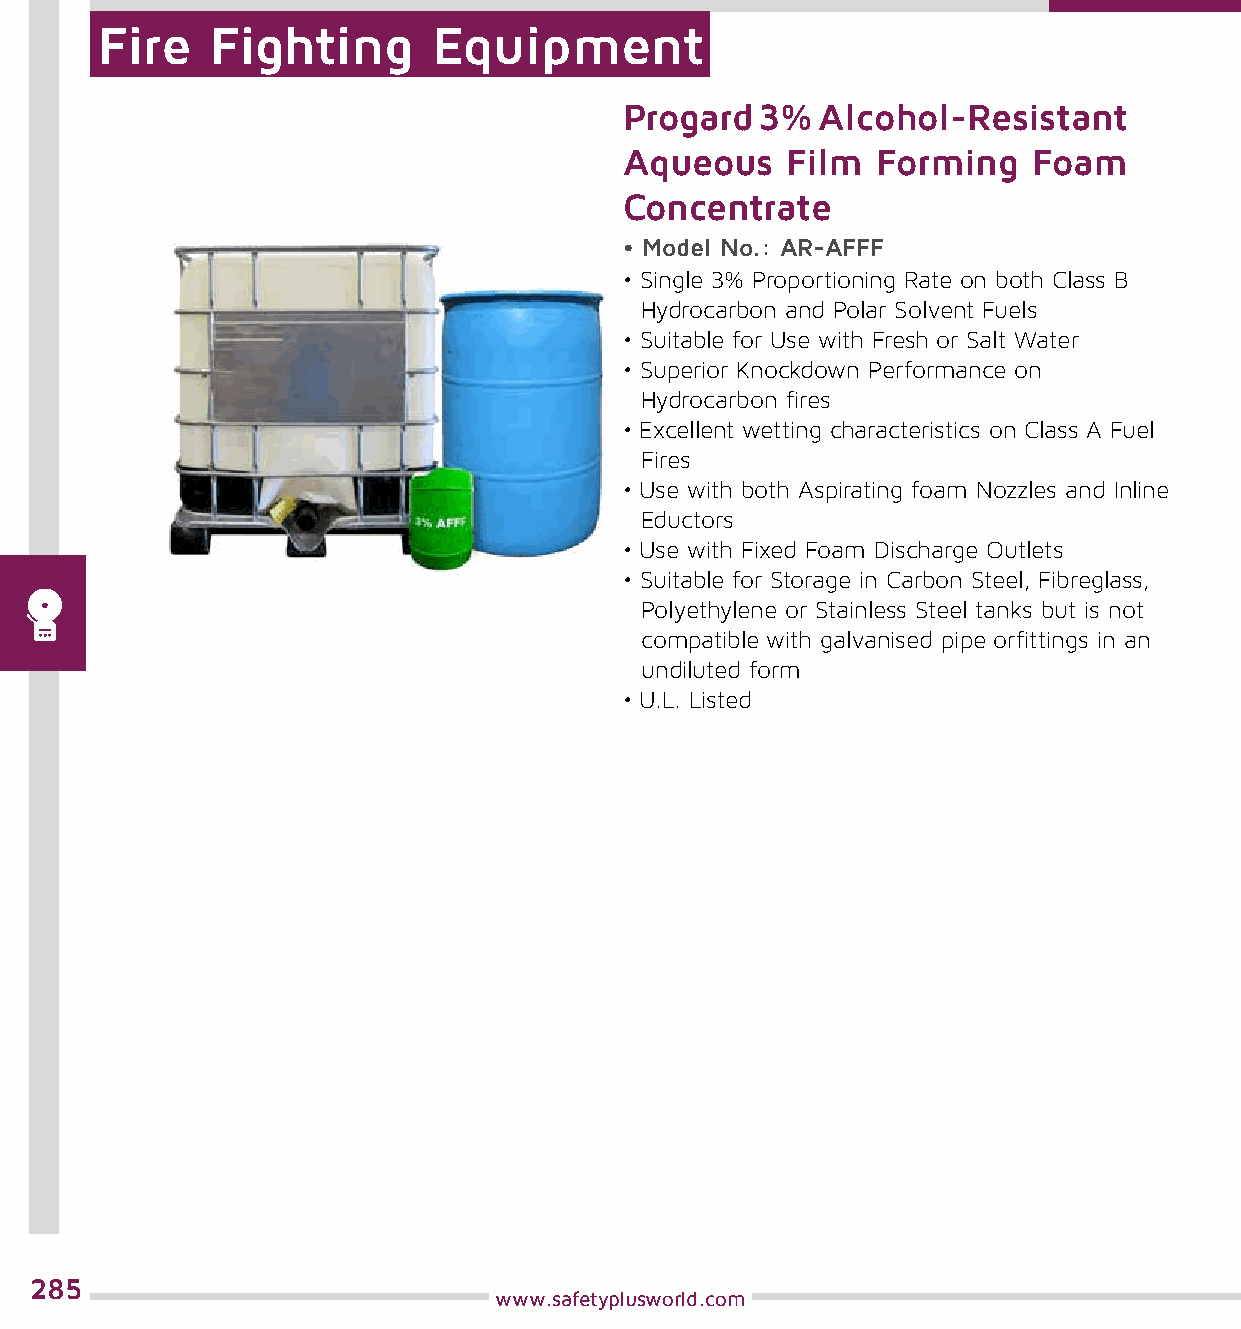
Fire    Fighting       Equipment
 Progard  3%  Alcohol-Resistant
 Aqueous    Film  Forming   Foam
 Concentrate
 • Model No.: AR-AFFF
 • Single 3% Proportioning Rate on both Class B
 Hydrocarbon and Polar Solvent Fuels
 • Suitable for Use with Fresh or Salt Water
 • Superior Knockdown Performance on
 Hydrocarbon fires
 • Excellent wetting characteristics on Class A Fuel
 Fires
 • Use with both Aspirating foam Nozzles and Inline
 Eductors
 • Use with Fixed Foam Discharge Outlets
 • Suitable for Storage in Carbon Steel, Fibreglass,
 Polyethylene or Stainless Steel tanks but is not
 compatible with galvanised pipe orfittings in an
 undiluted form
 • U.L. Listed
 285
 www.safetyplusworld.com